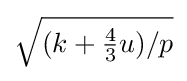
{\sqrt {(k+{\tfrac {4}{3}}u)/p}}